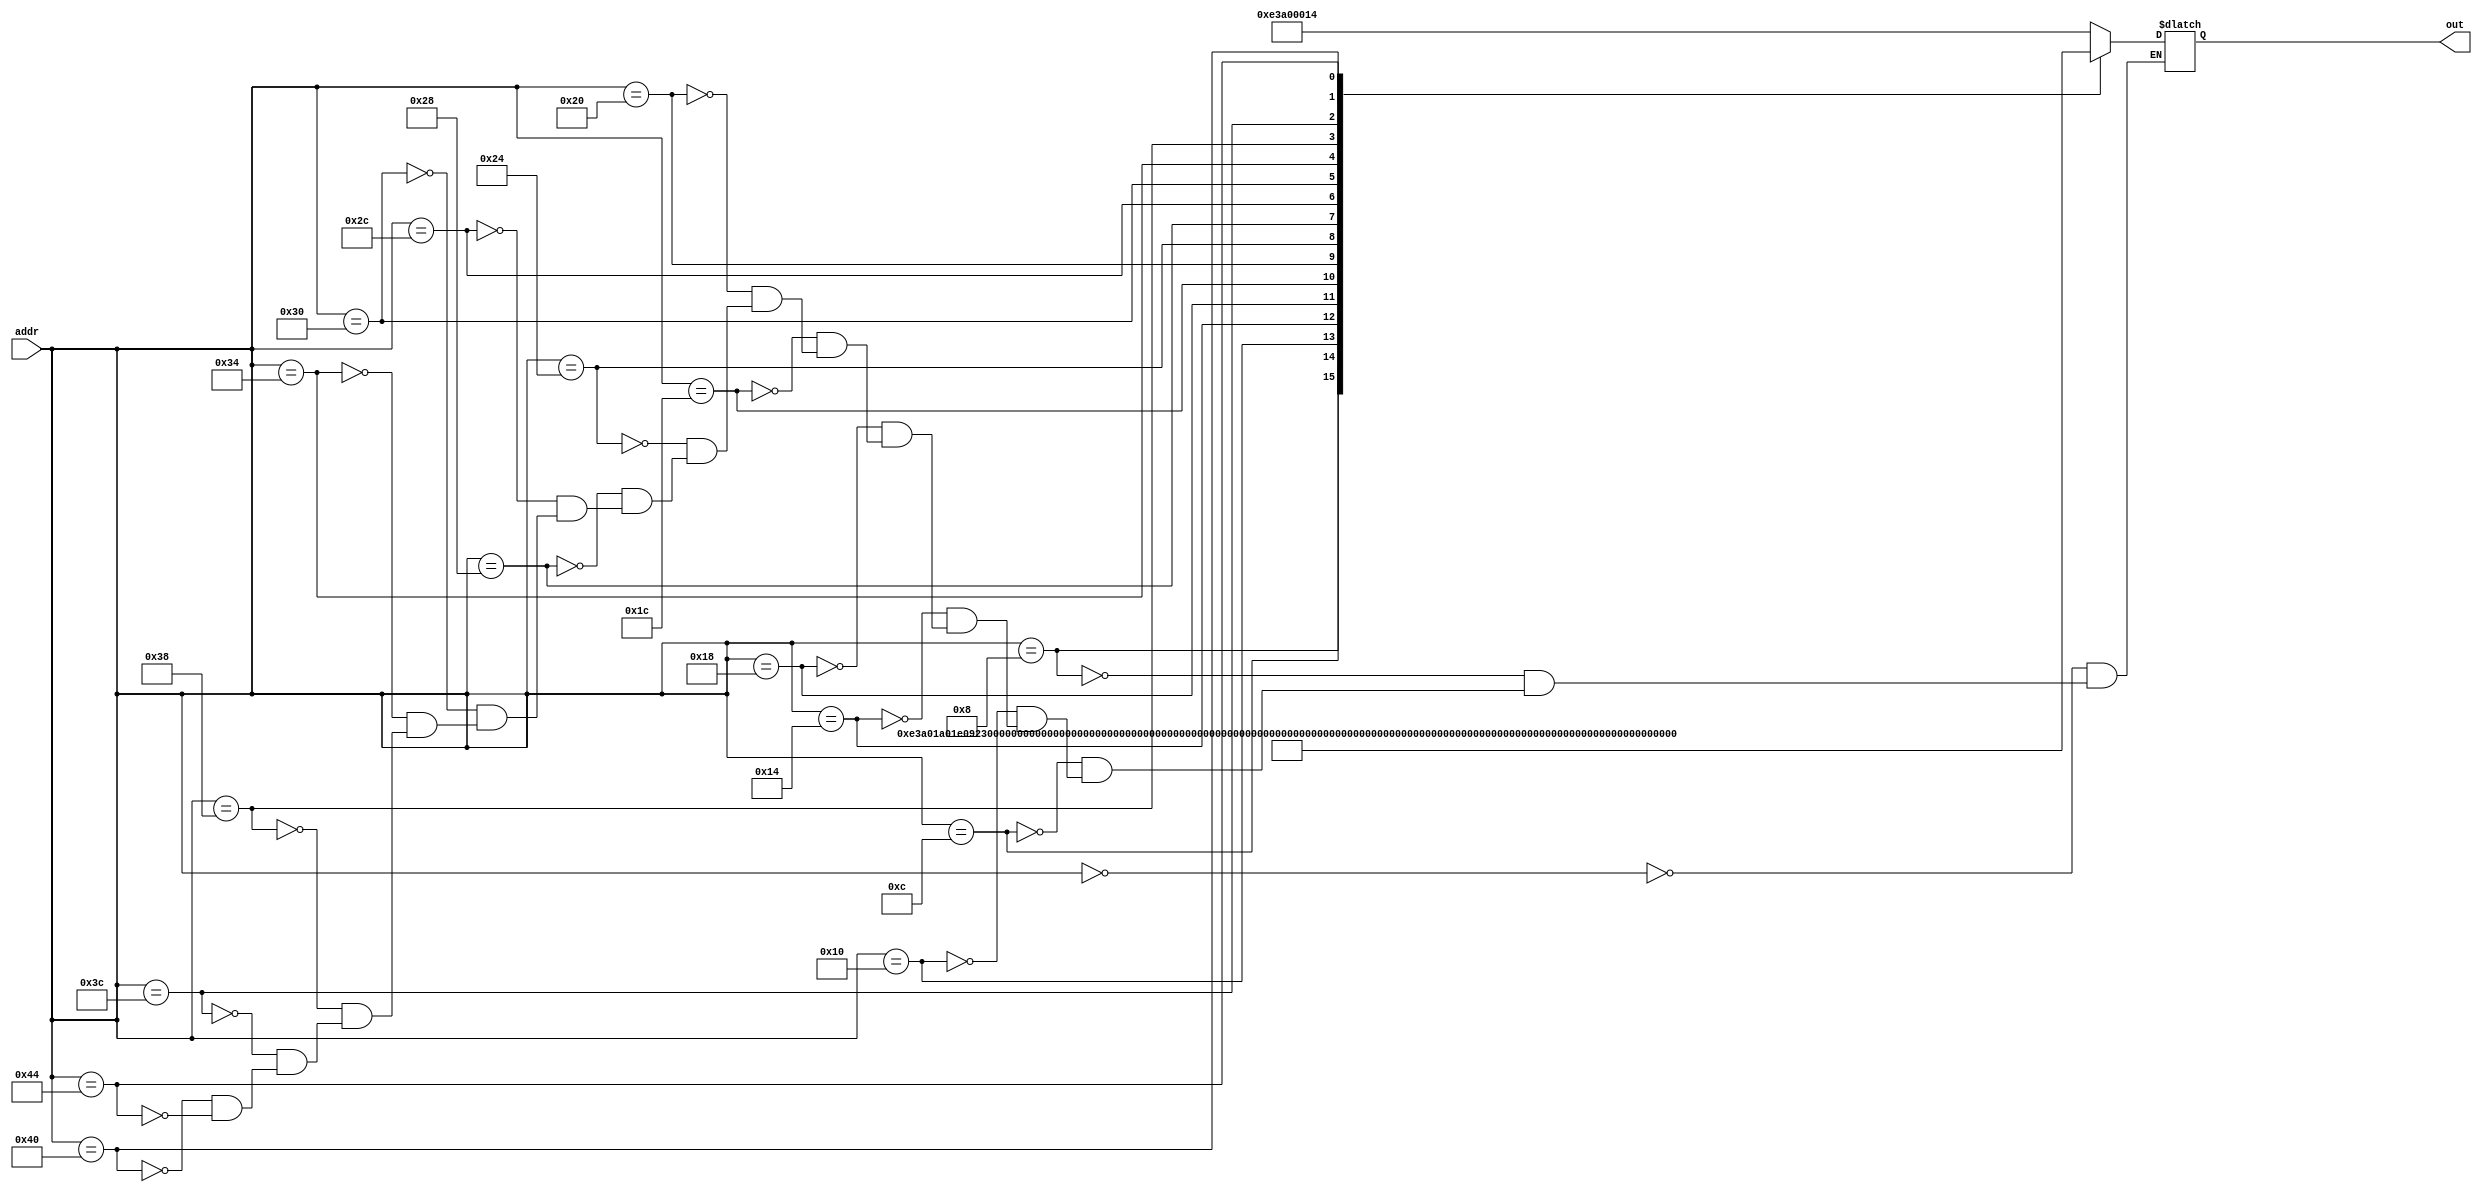
module InsMEM(
    input [31:0] addr,
    output reg [31:0] out
);
always@(addr)begin
    case(addr)
			32'd0:
				out <= 32'b1110_00_1_1101_0_0000_0000_000000010100;
			32'd8:
				out <= 32'b1110_00_1_1101_0_0000_0001_101000000001; 
			32'd8:
				out <= 32'b1110_00_1_1101_0_0000_0010_000100000011;
			32'd12:
				out <= 32'b1110_00_0_0100_1_0010_0011_000000000010;
			32'd16:
				out <= 32'b1110_00_0_0101_0_0000_0100_000000000000;
			32'd20:
				out <= 32'b1110_00_0_0010_0_0100_0101_000100000100;
			32'd24:
				out <= 32'b1110_00_0_0110_0_0000_0110_000010100000;
			32'd28:
				out <= 32'b1110_00_0_1100_0_0101_0111_000101000010; 
			32'd32:
				out <= 32'b1110_00_0_0000_0_0111_1000_000000000011;
			32'd36:
				out <= 32'b1110_00_0_1111_0_0000_1001_000000000110;
			32'd40:
				out <= 32'b1110_00_0_0001_0_0100_1010_000000000101;
			32'd44:
				out <= 32'b1110_00_0_1010_1_1000_0000_000000000110;
			32'd48:
				out <= 32'b0001_00_0_0100_0_0001_0001_000000000001; 
			32'd52:
				out <= 32'b1110_00_0_1000_1_1001_0000_000000001000; 
			32'd56:
				out <= 32'b0000_00_0_0100_0_0010_0010_000000000010;
			32'd60:
				out <= 32'b1110_00_1_1101_0_0000_0000_101100000001; 
			32'd64:
				out <= 32'b1110_01_0_0100_0_0000_0001_000000000000;  
			32'd68:
				out <= 32'b1110_01_0_0100_1_0000_1011_000000000000; 
		endcase
	end
endmodule